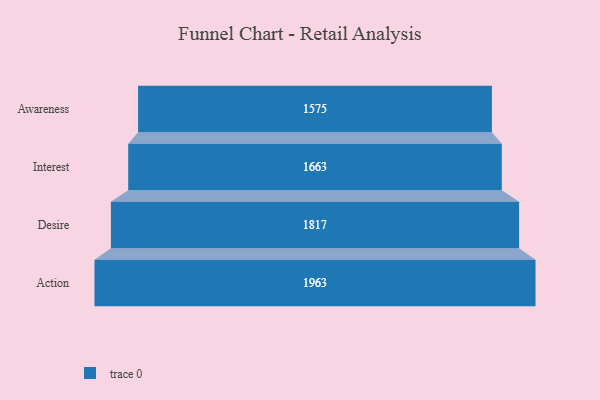
{"axis": {"x": "Stage", "y": "Value"}, "legend": [""], "data": [{"x": "Awareness", "y": 1575.0, "type": ""}, {"x": "Interest", "y": 1663.0, "type": ""}, {"x": "Desire", "y": 1817.0, "type": ""}, {"x": "Action", "y": 1963.0, "type": ""}]}